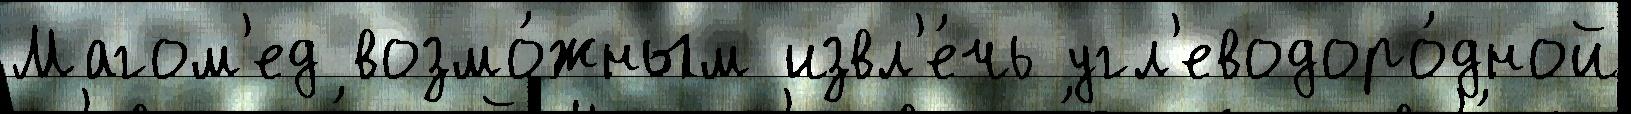
Магом'ед возмо́жным извл'е́чь угл'еводоро́дной